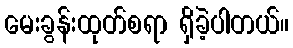
မေးခွန်းထုတ်စရာ ရှိခဲ့ပါတယ်။